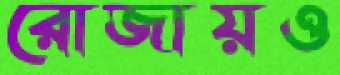
রোজায়ও